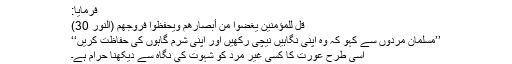
فرمایا:
قُل لِّلْمُؤْمِنِينَ يَغُضُّوا مِنْ أَبْصَارِهِمْ وَيَحْفَظُوا فُرُوجَهُمْ (النور 30)
’’مسلمان مردوں سے کہو کہ وہ اپنی نگاہیں نیچی رکھیں اور اپنی شرم گاہوں کی حفاظت کریں‘‘
اسی طرح عورت کا کسی غیر مرد کو شہوت کی نگاہ سے دیکھنا حرام ہے۔